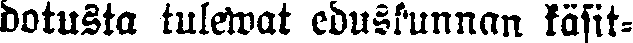
dotusta tulewat eduskunnan käsit-